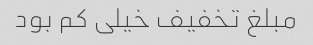
مبلغ تخفیف خیلى کم بود